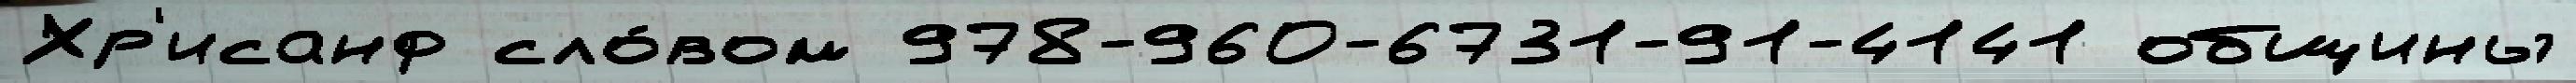
Хр'исанф сло́вом 978-960-6731-91-4141 общины